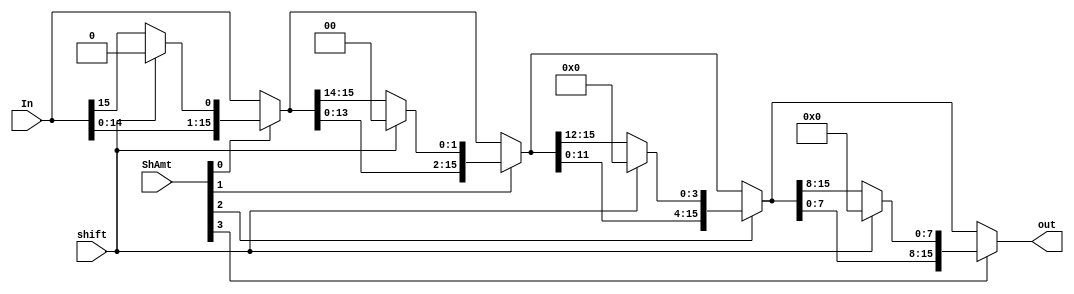
/*
    CS/ECE 552 Spring '22
    Homework #2, Problem 1
    
    A left shifter/rotator sub-module.
 */
module left_shift_rotator(In, shift, ShAmt, out);

	input [15:0]In;			// vector to be left shifted/rotated
	input shift;			// 1 to shift, 0 to rotate
	input [3:0]ShAmt;		// shift/rotate amount, 0 to 15
	output [15:0]out;		// resulting vector of left shift/rotate

	wire [15:0] stage1, stage2, stage3;	// three intermediate stages of left shift/rotate

	// left shift/rotate according to ShAmt[0] and shift only, stay the same or move 1 bits
	assign stage1 = ShAmt[0] ? {In[14:0], shift ? 1'b0 : In[15]} : In;
	// samilar as above, consider ShAmt[1] and move 2 bits if needed
	assign stage2 = ShAmt[1] ? {stage1[13:0], shift ? 2'b00 : stage1[15:14]} : stage1;
	// samilar as above, consider ShAmt[2] and move 4 bits if needed
	assign stage3 = ShAmt[2] ? {stage2[11:0], shift ? 4'h0 : stage2[15:12]} : stage2;
	// samilar as above, consider ShAmt[3] and move 8 bits if needed
	assign out = ShAmt[3] ? {stage3[7:0], shift ? 8'h00 : stage3[15:8]} : stage3;

endmodule